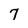
Character: 7